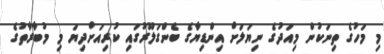
މި މަހުގެ ތިނަކުން މިއަދުގެ ނިޔަލަށް އިންޑިޔާގެ ބެންގަލޫރުގައި ކުރިއަށްދިޔަ މި މުބާރާތުގެ